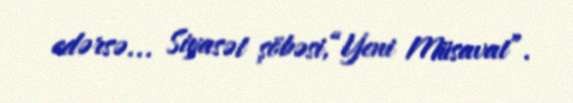
edərsə... Siyasət şöbəsi,“Yeni Müsavat”.